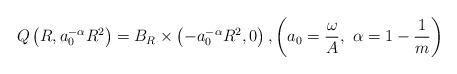
LaTeX: \begin{align*}Q\left(R,a_0^{-\alpha}R^2\right)=B_{R}\times\left(-a_0^{-\alpha}R^2,0\right), \left(a_0=\frac{\omega}{A}, \,\,\alpha=1-\frac{1}{m}\right)\end{align*}